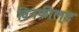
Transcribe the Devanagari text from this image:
विनफ़ील्‌ड